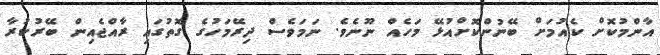
އާންމުކޮށް ކެއުމަށް ބޭނުންކޮށްއުޅޭ މަހެއް ނޫނެވެ. ނަމަވެސް ދިރޭމަހުގެ ގޮތުގައި ރާއްޖެއިން ބޭރުކުރާ